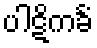
ပါဋိကင်္ခံ